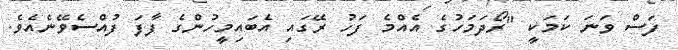
ފަސް ވަނަ ކަމަކީ "ރޯދަމަހުގެ އެއްމެ ފަހު ރޭގައި އެބައިމީހުންގެ ފާފަ ފުއްސެވޭނެއެވެ.